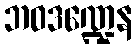
ဘဝဒဏ္ဍေန